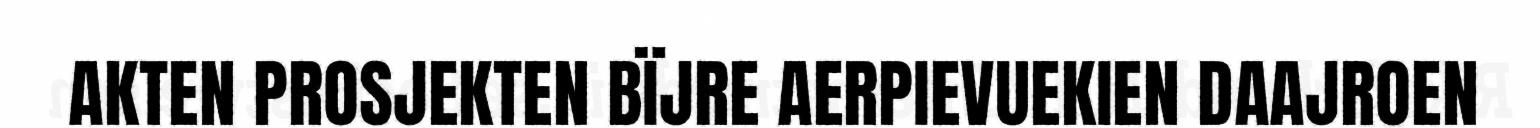
AKTEN PROSJEKTEN BÏJRE AERPIEVUEKIEN DAAJROEN